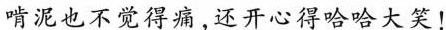
啃泥也不觉得痛，还开心得哈哈大笑！